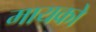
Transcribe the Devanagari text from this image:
मायको